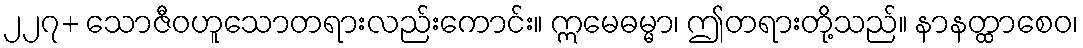
၂၂၇+ သောဇီဝဟူသောတရားလည်းကောင်း။ ဣမေဓမ္မာ၊ ဤတရားတို့သည်။ နာနတ္ထာစေဝ၊